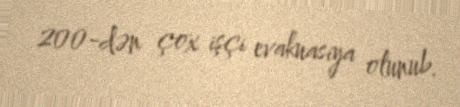
200-dən çox işçi evakuasiya olunub.